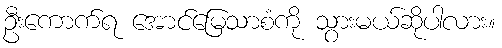
ဦးကောက်ရ အောင်မြေသာစံကို သွားမယ်ဆိုပါလား။